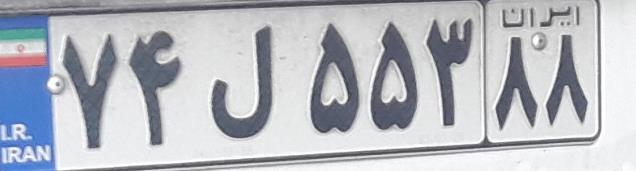
۷۴ل۵۵۳۸۸